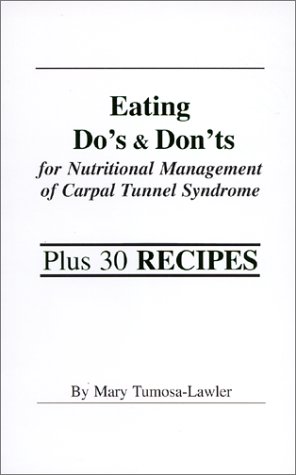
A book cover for Eating Do's & Don'ts for Nutritional Management of Carpal Tunnel Syndrome; Mary Tumosa-Lawler; Health, Fitness & Dieting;